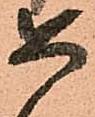
如